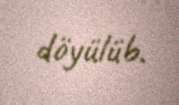
döyülüb.